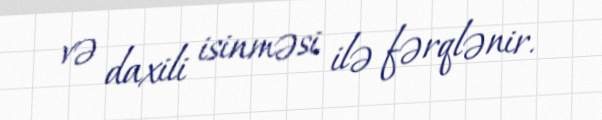
və daxili isinməsi ilə fərqlənir.